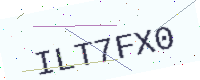
Text: ILT7FX0